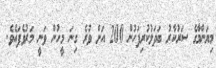
މިޔަންމާގެ ސަރުކާރު ބަދަލުކުރިފަހުން 200 އަށް ވުރެ ގިނަ މީހުން ވަނީ މަރުވެފައެވެ.